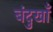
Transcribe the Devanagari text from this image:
बंदुखाँ